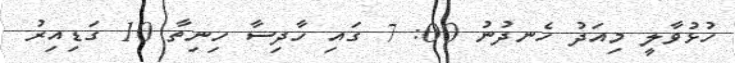
ހުޅުވާލީ މިއަދު ހެނދުނު 00: 7 ގައި ހާދިސާ ހިނިތާ 10 ގަޑިއިރު